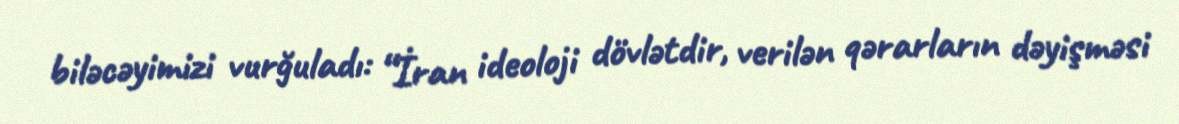
biləcəyimizi vurğuladı: “İran ideoloji dövlətdir, verilən qərarların dəyişməsi